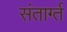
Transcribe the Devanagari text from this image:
संतार्ग्त